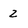
Character: 2